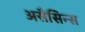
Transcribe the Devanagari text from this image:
असैसिन्स